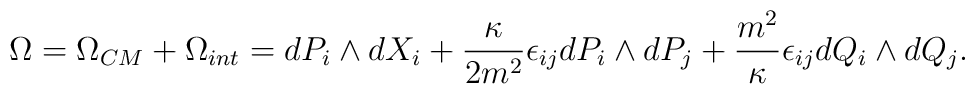
\Omega=\Omega_{CM}+\Omega_{int}=     dP_{i}\wedge dX_{i}     +\frac{\kappa}{2m^2}\epsilon_{ij}dP_{i}\wedge dP_{j}     +\frac{m^2}{\kappa}\epsilon_{ij}     dQ_{i}\wedge dQ_{j}.